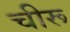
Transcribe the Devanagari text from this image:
चीरू